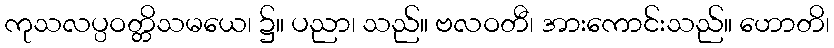
ကုသလပ္ပဝတ္တိသမယေ၊ ၌။ ပညာ၊ သည်။ ဗလဝတီ၊ အားကောင်းသည်။ ဟောတိ၊